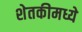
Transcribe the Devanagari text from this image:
शेतकीमध्ये